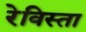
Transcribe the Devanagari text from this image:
रेविस्ता